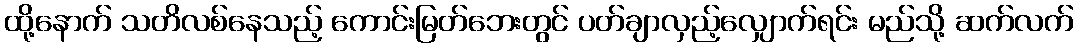
ထို့နောက် သတိလစ်နေသည့် ကောင်းမြတ်ဘေးတွင် ပတ်ချာလှည့်လျှောက်ရင်း မည်သို့ ဆက်လက်